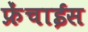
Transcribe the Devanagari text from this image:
फ्रेंचाईस